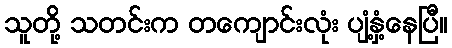
သူတို့ သတင်းက တကျောင်းလုံး ပျံ့နှံ့နေပြီ။